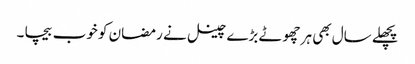
پچھلے سال بھی ہر چھوٹے بڑے چینل نے رمضان کو خوب بیچا ۔